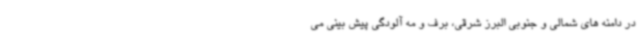
در دامنه های شمالی و جنوبی البرز شرقی، برف و مه آلودگی پیش بینی می